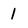
Character: 1